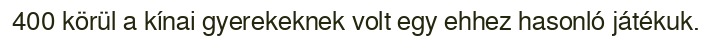
400 körül a kínai gyerekeknek volt egy ehhez hasonló játékuk.